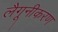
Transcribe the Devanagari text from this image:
लैगूनीकरण